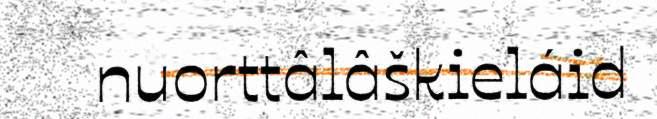
nuorttâlâškieláid